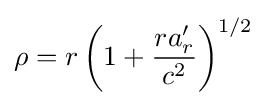
\rho =r\left(1+{\frac {ra'_{r}}{c^{2}}}\right)^{1/2}